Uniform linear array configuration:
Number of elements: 12
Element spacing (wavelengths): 0.5
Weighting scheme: hamming
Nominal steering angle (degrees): -30
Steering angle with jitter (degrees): -31.576
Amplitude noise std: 0.05
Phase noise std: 0.05

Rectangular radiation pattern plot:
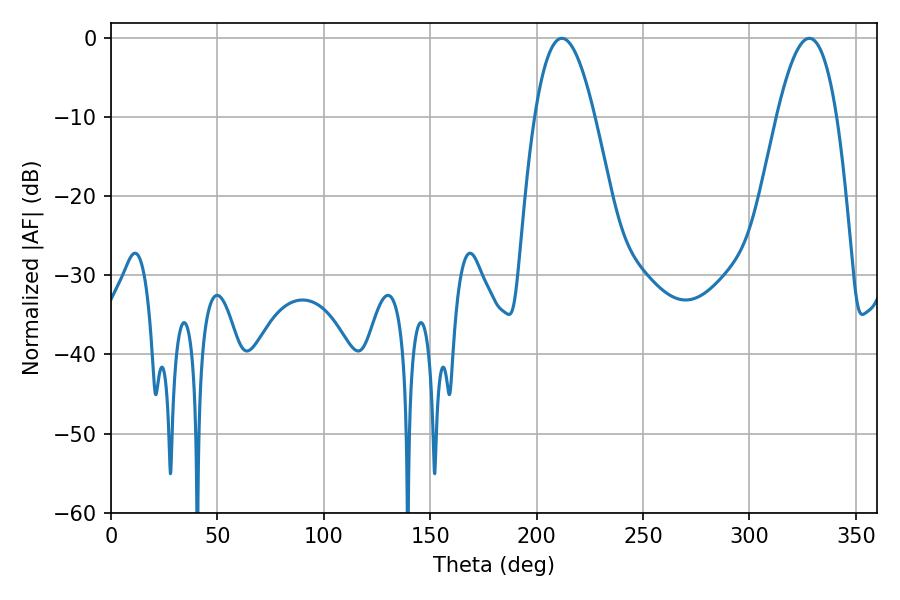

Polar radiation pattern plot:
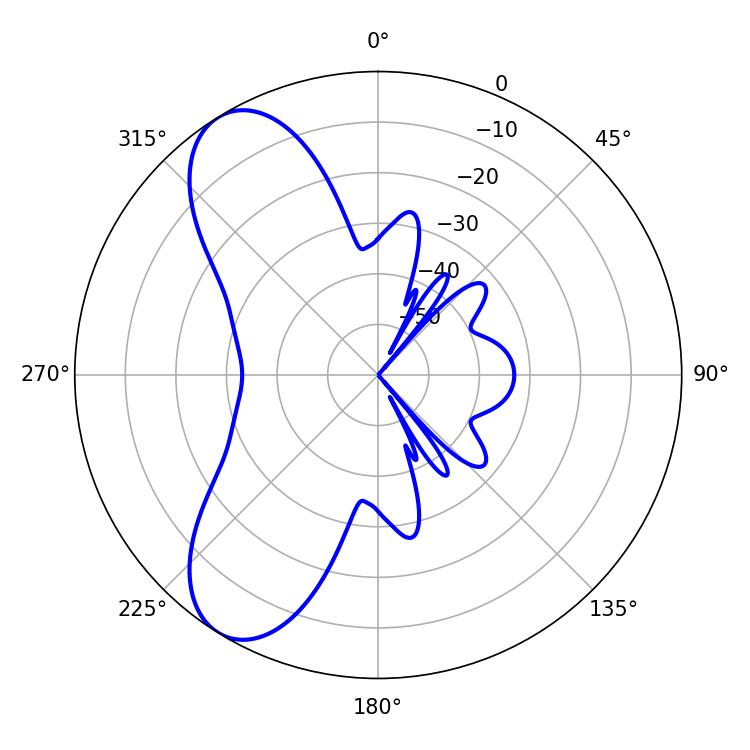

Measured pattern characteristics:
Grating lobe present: FALSE
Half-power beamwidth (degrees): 15.48
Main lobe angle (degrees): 211.86